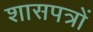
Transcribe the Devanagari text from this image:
शासपत्रों